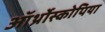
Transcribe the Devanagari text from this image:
ऑर्थ्रोस्कोपिया